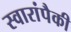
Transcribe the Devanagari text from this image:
स्वारांपैकी